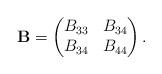
LaTeX: \begin{align*}\mathbf{B}=\begin{pmatrix} B_{33} & B_{34} \\ B_{34} & B_{44} \end{pmatrix}.\end{align*}